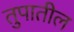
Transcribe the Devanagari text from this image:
तुपातील